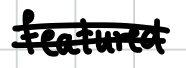
Text: featured
Cross-out: double-line
Writing tool: digital_black